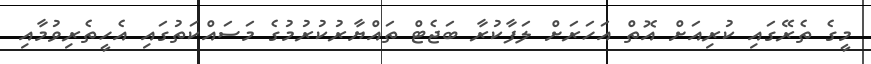
މީގެ ތެރޭގައި ކުރިއަށް އޮތް އަހަރަށް ލަފާކުރާ ބަޖެޓް ތައްޔާރުކުރުމުގެ މަސައްކަތުގައި އެހީތެރިވުމާއި